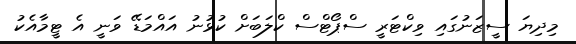
މިދިޔަ ސީޒަނުގައި ވިކްޓަރީ ސްޕޯޓްސް ކްލަބަށް ކުޅުނު އައްމަޑޭ ވަނީ އެ ޓީމާއެކު